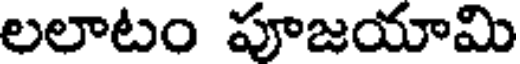
లలాటం పూజయామి